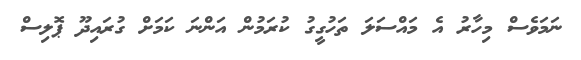
ނަމަވެސް މިހާރު އެ މައްސަލަ ތަހުގީގު ކުރަމުން އަންނަ ކަމަށް ގުރައިދޫ ޕޮލިސް